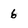
Character: 6